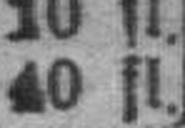
40 fl.